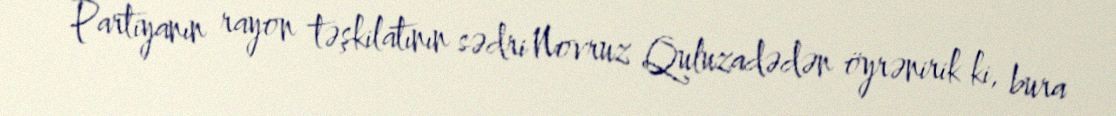
Partiyanın rayon təşkilatının sədri Novruz Quluzadədən öyrənirik ki, bura